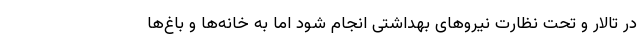
در تالار و تحت نظارت نیروهای بهداشتی انجام شود اما به خانه‌ها و باغ‌ها